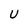
Character: U